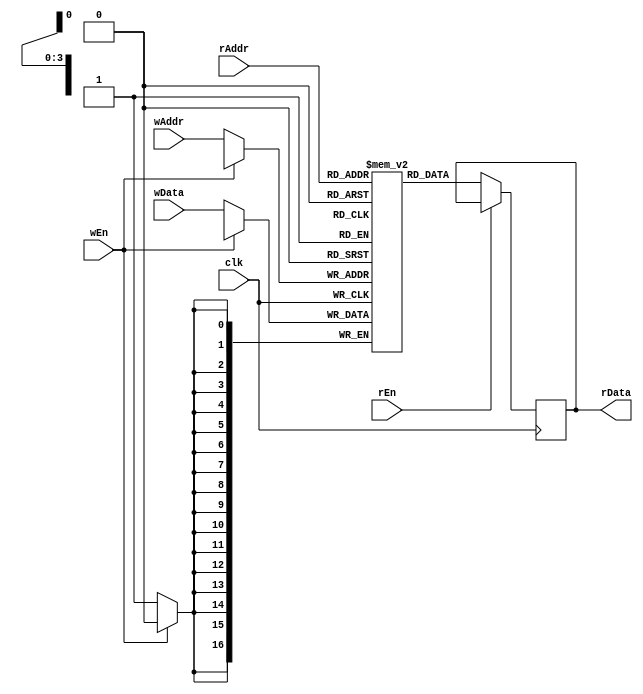
module rf2pModel #(parameter
	nb_data = 16,
	L_data = 17,//12(data)+15(idx)
	L_addr = clogb2(nb_data)
)(
	output reg [L_data-1: 0] rData,
	input [L_data-1: 0] wData,
	input clk,
	input wEn, rEn,
	input [L_addr-1: 0] wAddr, rAddr
);

reg [L_data-1: 0] mem[0: nb_data-1];

always@(posedge clk) begin
	if(!wEn) begin
		mem[wAddr] <= wData;
	end
end

always @ (posedge clk) begin
    if (!rEn) begin
        rData <= mem[rAddr];
    end
end

//************************************************************************
//function called clogb2 that returns an integer which has the
//value of the ceiling of the log base 2.
function integer clogb2 (input integer bit_depth);
begin
bit_depth = bit_depth - 1;
for(clogb2=0; bit_depth>0; clogb2=clogb2+1)
bit_depth = bit_depth>>1;
end
endfunction
//************************************************************************
endmodule